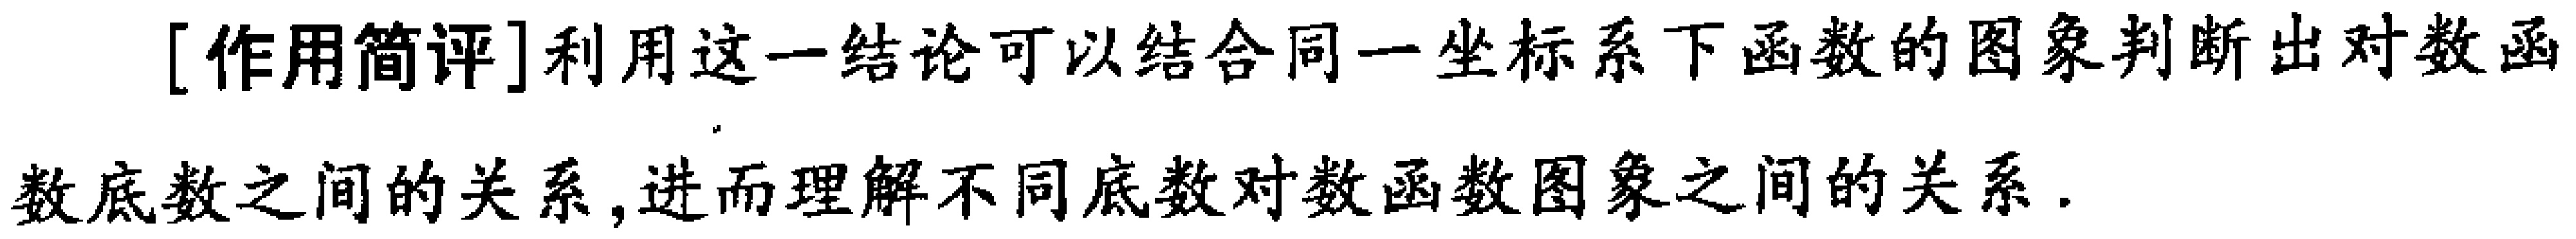
[作用简评]利用这一结论可以结合同一坐标系下函数的图象判断出对数函

数底数之间的关系,进而理解不同底数对数函数图象之间的关系.